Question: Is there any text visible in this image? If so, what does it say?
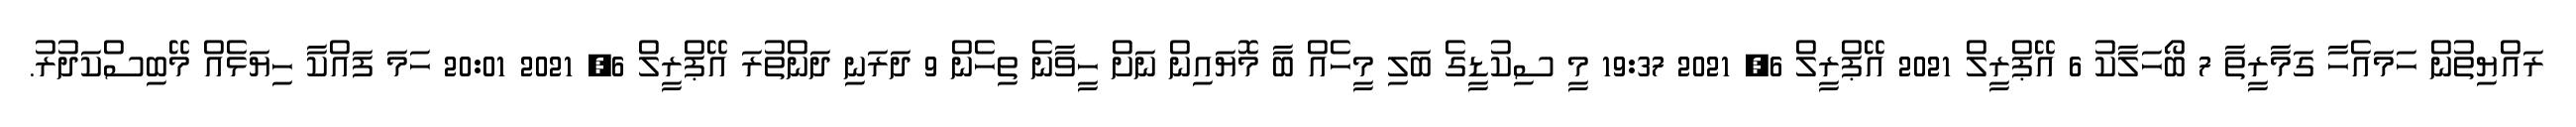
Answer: ރައްޔިތުން ހަމައެހާ ގަމާރީތާ 7 ބޯހަލާކު 6 އޭޕްރީލް 2021 އޭޕްރީލް 6, 2021 19:37 މީ ސިކުޑީގެ ބަލި މީހެއް ބާ މޮޔައިން ނަށް ހީވާނެ ތިހެން 9 ދަރަނި ދަންތުރަ އޭޕްރީލް 6, 2021 20:01 ހަމަ ފައްކާ ހިޔަޅެއް މޭބިސްކަދުރު.